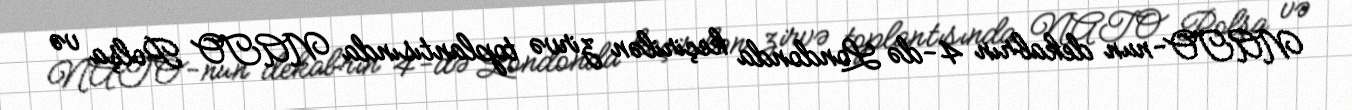
NATO-nun dekabrın 4-də Londonda keçirilən zirvə toplantısında NATO Polşa və